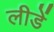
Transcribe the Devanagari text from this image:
लीडें